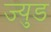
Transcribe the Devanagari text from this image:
ज्युड